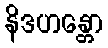
နိဒဟန္တော